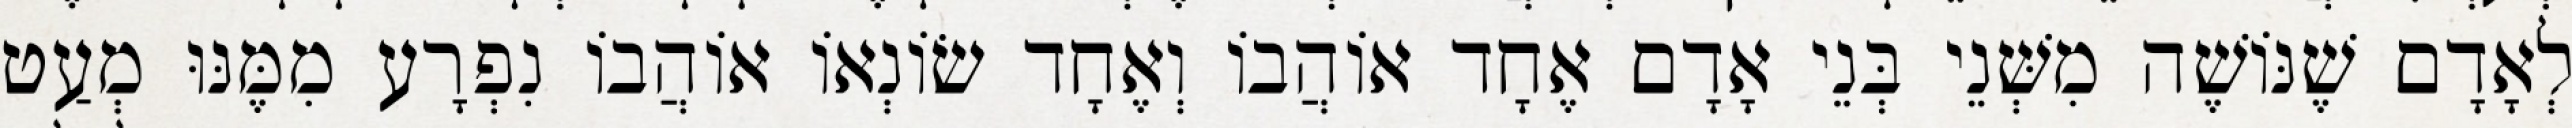
לְאָדָם שֶׁנּוֹשֶׁה מִשְּׁנֵי בְּנֵי אָדָם אֶחָד אוֹהֲבוֹ וְאֶחָד שׂוֹנְאוֹ אוֹהֲבוֹ נִפְרָע מִמֶּנּוּ מְעַט